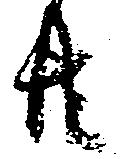
共